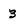
Character: 3